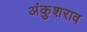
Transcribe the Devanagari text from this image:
अंकुशराव